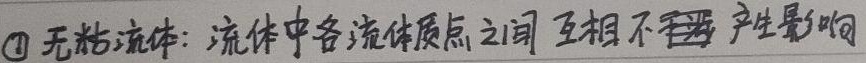
\textcircled{1} 无粘流体：流体中各流体质点之间互相不  产生影响